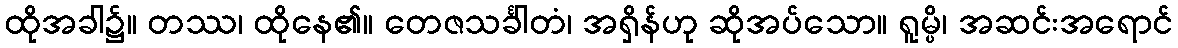
ထိုအခါ၌။ တဿ၊ ထိုနေ၏။ တေဇသင်္ခါတံ၊ အရှိန်ဟု ဆိုအပ်သော။ ရူမ္ပိ၊ အဆင်းအရောင်